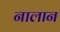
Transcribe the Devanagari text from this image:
नालान